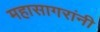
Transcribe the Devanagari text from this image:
महासागरांनी